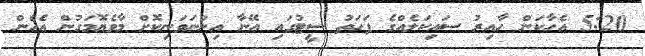
5:20 އެހާކަން ހާއިރު ސައިކަލެއްގެ ފަހަތު ސީޓުގައި އޭނާ އިންނަވަނިކޮށް މާވެޔޮމަގުން އެހެން